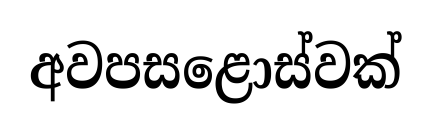
අවපසළොස්වක්